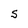
Character: S